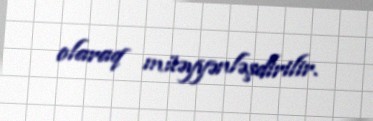
olaraq müəyyənləşdirilir.